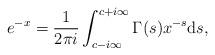
LaTeX: \begin{align*}e^{-x} = \frac{1}{2 \pi i} \int_{c-i\infty}^{c+i \infty}\Gamma(s) x^{-s} {\rm d}s,\end{align*}